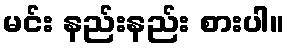
မင်း နည်းနည်း စားပါ။